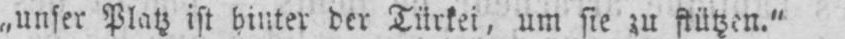
„unser Platz ist hinter der Türkei, um sie zu stützen.”